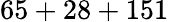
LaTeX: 65+28+151